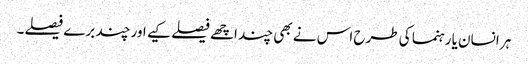
ہر انسان یا رہنما کی طرح اس نے بھی چند اچھے فیصلے کیے اور چند برے فیصلے۔